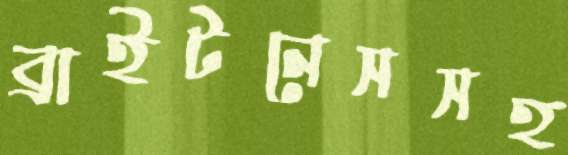
ব্রাইটনেসসহ